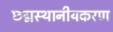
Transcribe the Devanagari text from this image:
छद्मस्थानीयकरण